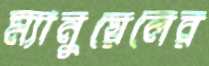
ম্যানুয়েলের